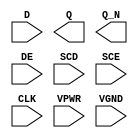
module sky130_fd_sc_hs__sedfxbp (
    //# {{data|Data Signals}}
    input  D   ,
    output Q   ,
    output Q_N ,

    //# {{control|Control Signals}}
    input  DE  ,

    //# {{scanchain|Scan Chain}}
    input  SCD ,
    input  SCE ,

    //# {{clocks|Clocking}}
    input  CLK ,

    //# {{power|Power}}
    input  VPWR,
    input  VGND
);
endmodule